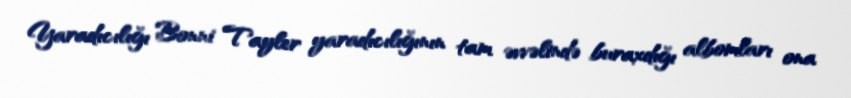
Yaradıcılığı Bonni Tayler yaradıcılığının tam əvvəlində buraxdığı albomları ona